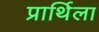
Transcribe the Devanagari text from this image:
प्रार्थिला